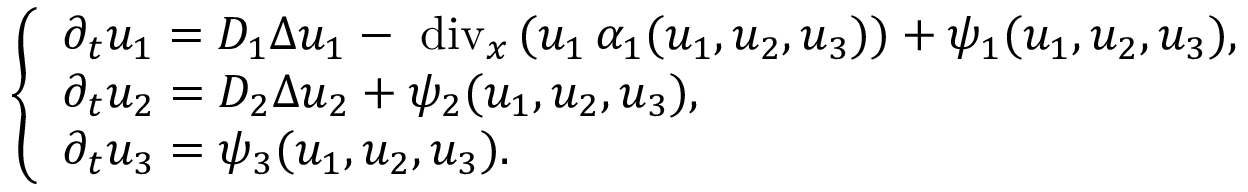
\left\{ \begin{array} { l } { \partial _ { t } u _ { 1 } = D _ { 1 } \Delta u _ { 1 } - \mathrm { \mathrm { ~ d i v } } _ { x } \, ( u _ { 1 } \, \alpha _ { 1 } ( u _ { 1 } , u _ { 2 } , u _ { 3 } ) ) + \psi _ { 1 } ( u _ { 1 } , u _ { 2 } , u _ { 3 } ) , } \\ { \partial _ { t } u _ { 2 } = D _ { 2 } \Delta u _ { 2 } + \psi _ { 2 } ( u _ { 1 } , u _ { 2 } , u _ { 3 } ) , } \\ { \partial _ { t } u _ { 3 } = \psi _ { 3 } ( u _ { 1 } , u _ { 2 } , u _ { 3 } ) . } \end{array} \right.